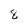
Character: 8